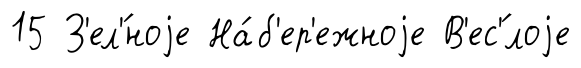
15 З'ел'́ноjе На́б'ер'ежноjе В'ес'́лоjе